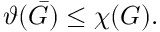
\vartheta ( { \bar { G } } ) \leq \chi ( G ) .